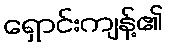
ရှောင်းကျန့်၏